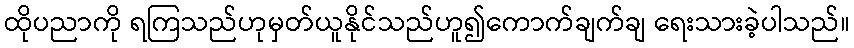
ထိုပညာကို ရကြသည်ဟုမှတ်ယူနိုင်သည်ဟူ၍ကောက်ချက်ချ ရေးသားခဲ့ပါသည်။